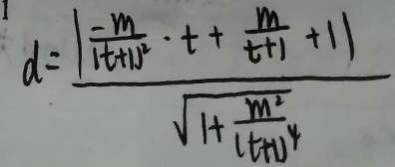
d = \frac { \vert \frac { - m } { \vert t + 1 \vert ^ { 2 } } \cdot t + \frac { m } { t + 1 } + 1 \vert } { \sqrt { 1 + \frac { m ^ { 2 } } { t + 1 } 4 } ^ { 4 } }